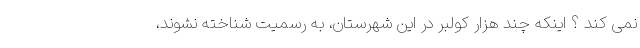
نمی کند ؟ اینکه چند هزار کولبر در این شهرستان، به رسمیت شناخته نشوند،